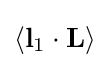
\left\langle \mathbf {l} _{1}\cdot \mathbf {L} \right\rangle